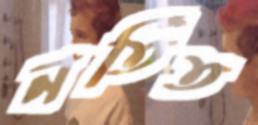
নর্তিত